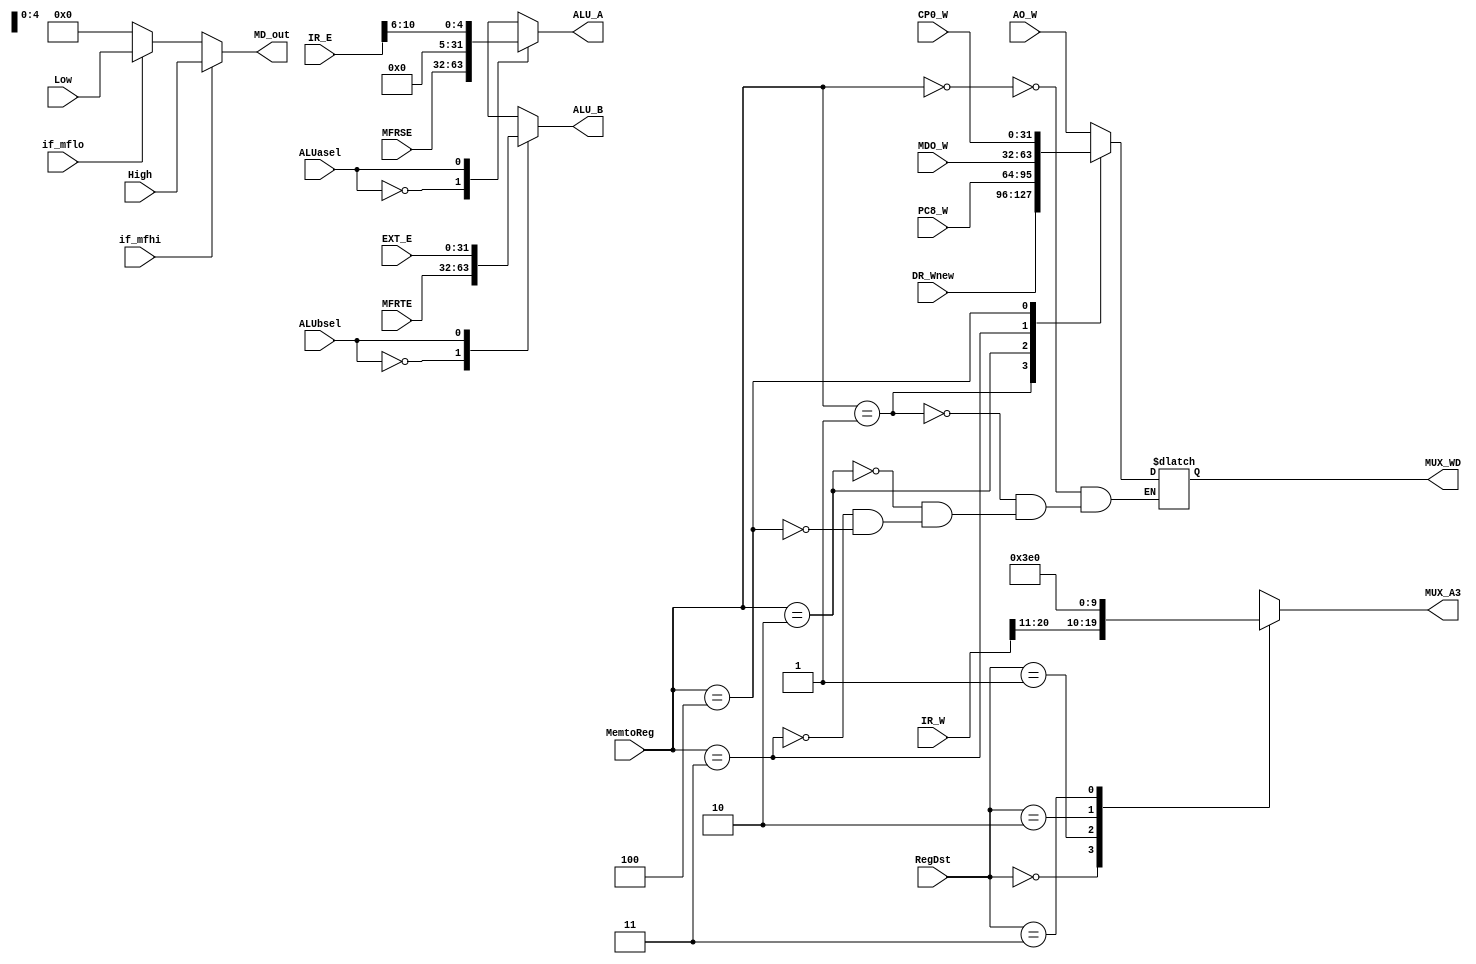
`timescale 1ns / 1ps
//////////////////////////////////////////////////////////////////////////////////
// Company: 
// Engineer: 
// 
// Design Name: 
// Module Name:    mux 
// Project Name: 
// Target Devices: 
// Tool versions: 
// Description: 
//
// Dependencies: 
//
// Revision: 
// Revision 0.01 - File Created
// Additional Comments: 
//
//////////////////////////////////////////////////////////////////////////////////
module mux(
    input [31:0] EXT_E,
	 input [31:0] IR_E,
	 input [31:0] IR_W,
    input [31:0] DR_Wnew,
    input [31:0] AO_W,
	 input [31:0] MDO_W,
    input [31:0] PC8_W,
	 input [31:0] CP0_W,
	 input [31:0] MFRSE,
	 input [31:0] MFRTE,
	 input [31:0] High,
	 input [31:0] Low,
	 input ALUasel,
	 input ALUbsel,
	 input if_mfhi,
	 input if_mflo,
	 input [1:0] RegDst,
	 input [2:0] MemtoReg,
	 output reg[31:0] ALU_A,
	 output reg[31:0] ALU_B,
	 output reg[4:0] MUX_A3,
	 output reg[31:0] MUX_WD,
	 output reg[31:0] MD_out
    );
	
	always@(*) begin
		case(ALUasel) 
			1'b0: ALU_A<=MFRSE;
			1'b1: ALU_A<={27'b0,IR_E[10:6]};
		endcase
		
		case(ALUbsel) 
			1'b0: ALU_B<=MFRTE;
			1'b1: ALU_B<=EXT_E;
		endcase
		
		case(RegDst) 
			2'b00: MUX_A3<=IR_W[20:16];
			2'b01: MUX_A3<=IR_W[15:11];
			2'b10: MUX_A3<=32'h1f;
			2'b11: MUX_A3<=0;
		endcase
		
		case(MemtoReg) 
			3'b000: MUX_WD<=AO_W;
			3'b001: MUX_WD<=DR_Wnew;
			3'b010: MUX_WD<=PC8_W;
			3'b011: MUX_WD<=MDO_W;
			3'b100: MUX_WD<=CP0_W;
		endcase
		
		if(if_mfhi) MD_out<=High;
		else if(if_mflo) MD_out<=Low;
		else MD_out<=0;
	end
	
endmodule